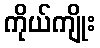
ကိုယ်ကျိုး